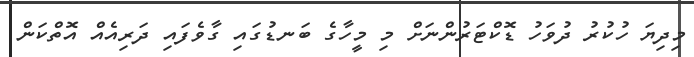
މިދިޔަ ހުކުރު ދުވަހު ޑޮކްޓަރުންނަށް މި މީހާގެ ބަނޑުގައި ގާވެފައި ދަރިއެއް އޮތްކަން